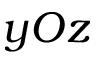
y O z